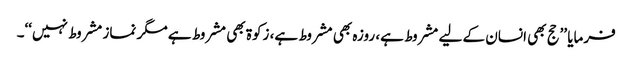
فرمایا ’’حج بھی انسان کے لیے مشروط ہے، روزہ بھی مشروط ہے، زکوۃ بھی مشروط ہے مگر نماز مشروط نہیں‘‘۔